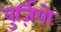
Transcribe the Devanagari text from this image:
बुर्ज़ियो